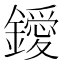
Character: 鑀